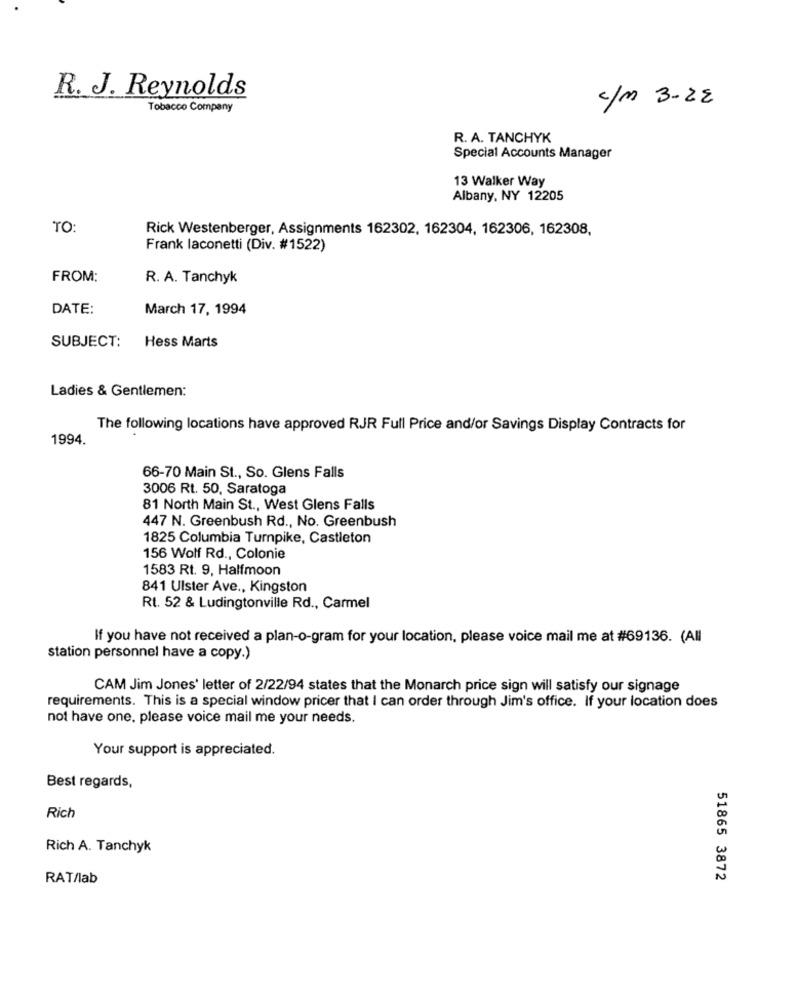
R. J. Reynolds
c/m 3-22
Tobacco Company
R. A. TANCHYK
Special Accounts Manager
13 Walker Way
Albany, NY 12205
TO:
Rick Westenberger, Assignments 162302, 162304, 162306, 162308,
Frank laconetti (Div. #1522)
FROM:
R. A. Tanchyk
DATE:
March 17, 1994
SUBJECT:
Hess Marts
Ladies & Gentlemen:
The following locations have approved RJR Full Price and/or Savings Display Contracts for
1994.
66-70 Main St ., So. Glens Falls
3006 Rt. 50, Saratoga
81 North Main St ., West Glens Falls
447 N. Greenbush Rd ., No. Greenbush
1825 Columbia Turnpike, Castleton
156 Wolf Rd ., Colonie
1583 Rt. 9, Halfmoon
841 Ulster Ave ., Kingston
Rt. 52 & Ludingtonville Rd ., Carmel
If you have not received a plan-o-gram for your location, please voice mail me at #69136. (All
station personnel have a copy.)
CAM Jim Jones' letter of 2/22/94 states that the Monarch price sign will satisfy our signage
requirements. This is a special window pricer that I can order through Jim's office. If your location does
not have one, please voice mail me your needs.
Your support is appreciated.
Best regards,
Rich
Rich A. Tanchyk
RAT/lab
51865 3872